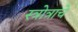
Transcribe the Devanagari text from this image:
स्त्रोत्राचे